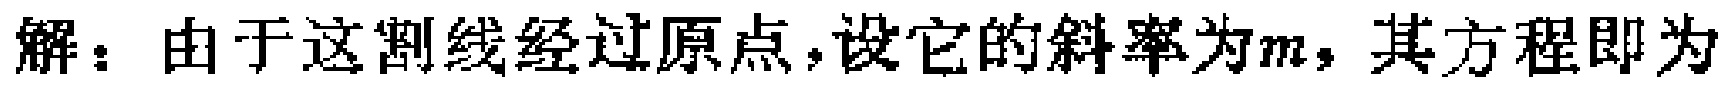
解：由于这割线经过原点，设它的斜率为\(m\)，其方程即为